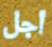
أجل